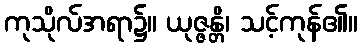
ကုသိုလ်အရာ၌။ ယုဇ္ဇန္တိ၊ သင့်ကုန်၏။